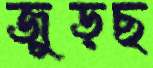
জুড়ছ